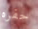
حفره